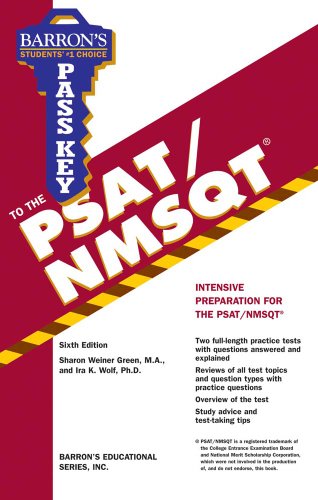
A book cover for Pass Key to the PSAT/NMSQT (Barron's Pass Key to the PSAT/NMSQT); Sharon Weiner Green M.A.; Test Preparation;